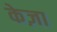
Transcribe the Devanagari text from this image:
केज़ा